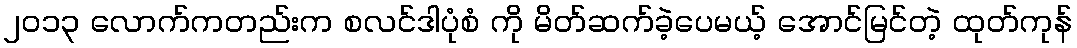
၂၀၁၃ လောက်ကတည်းက စလင်ဒါပုံစံ ကို မိတ်ဆက်ခဲ့ပေမယ့် အောင်မြင်တဲ့ ထုတ်ကုန်